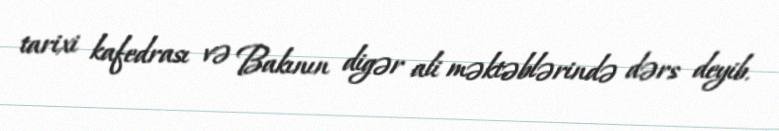
tarixi kafedrası və Bakının digər ali məktəblərində dərs deyib.